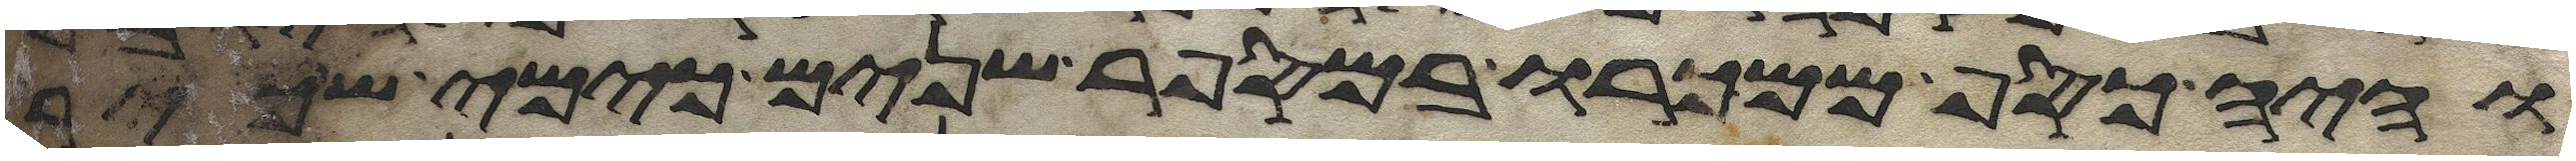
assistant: והיה כסף ממכרו במספר שנים כימי שכיר